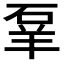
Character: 𬒌